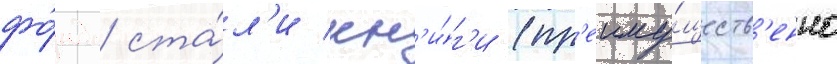
фо́нда ста́л'и кн'и́г'и (пр'еиму́ществ'енно